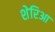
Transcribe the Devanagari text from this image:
शेरिआ